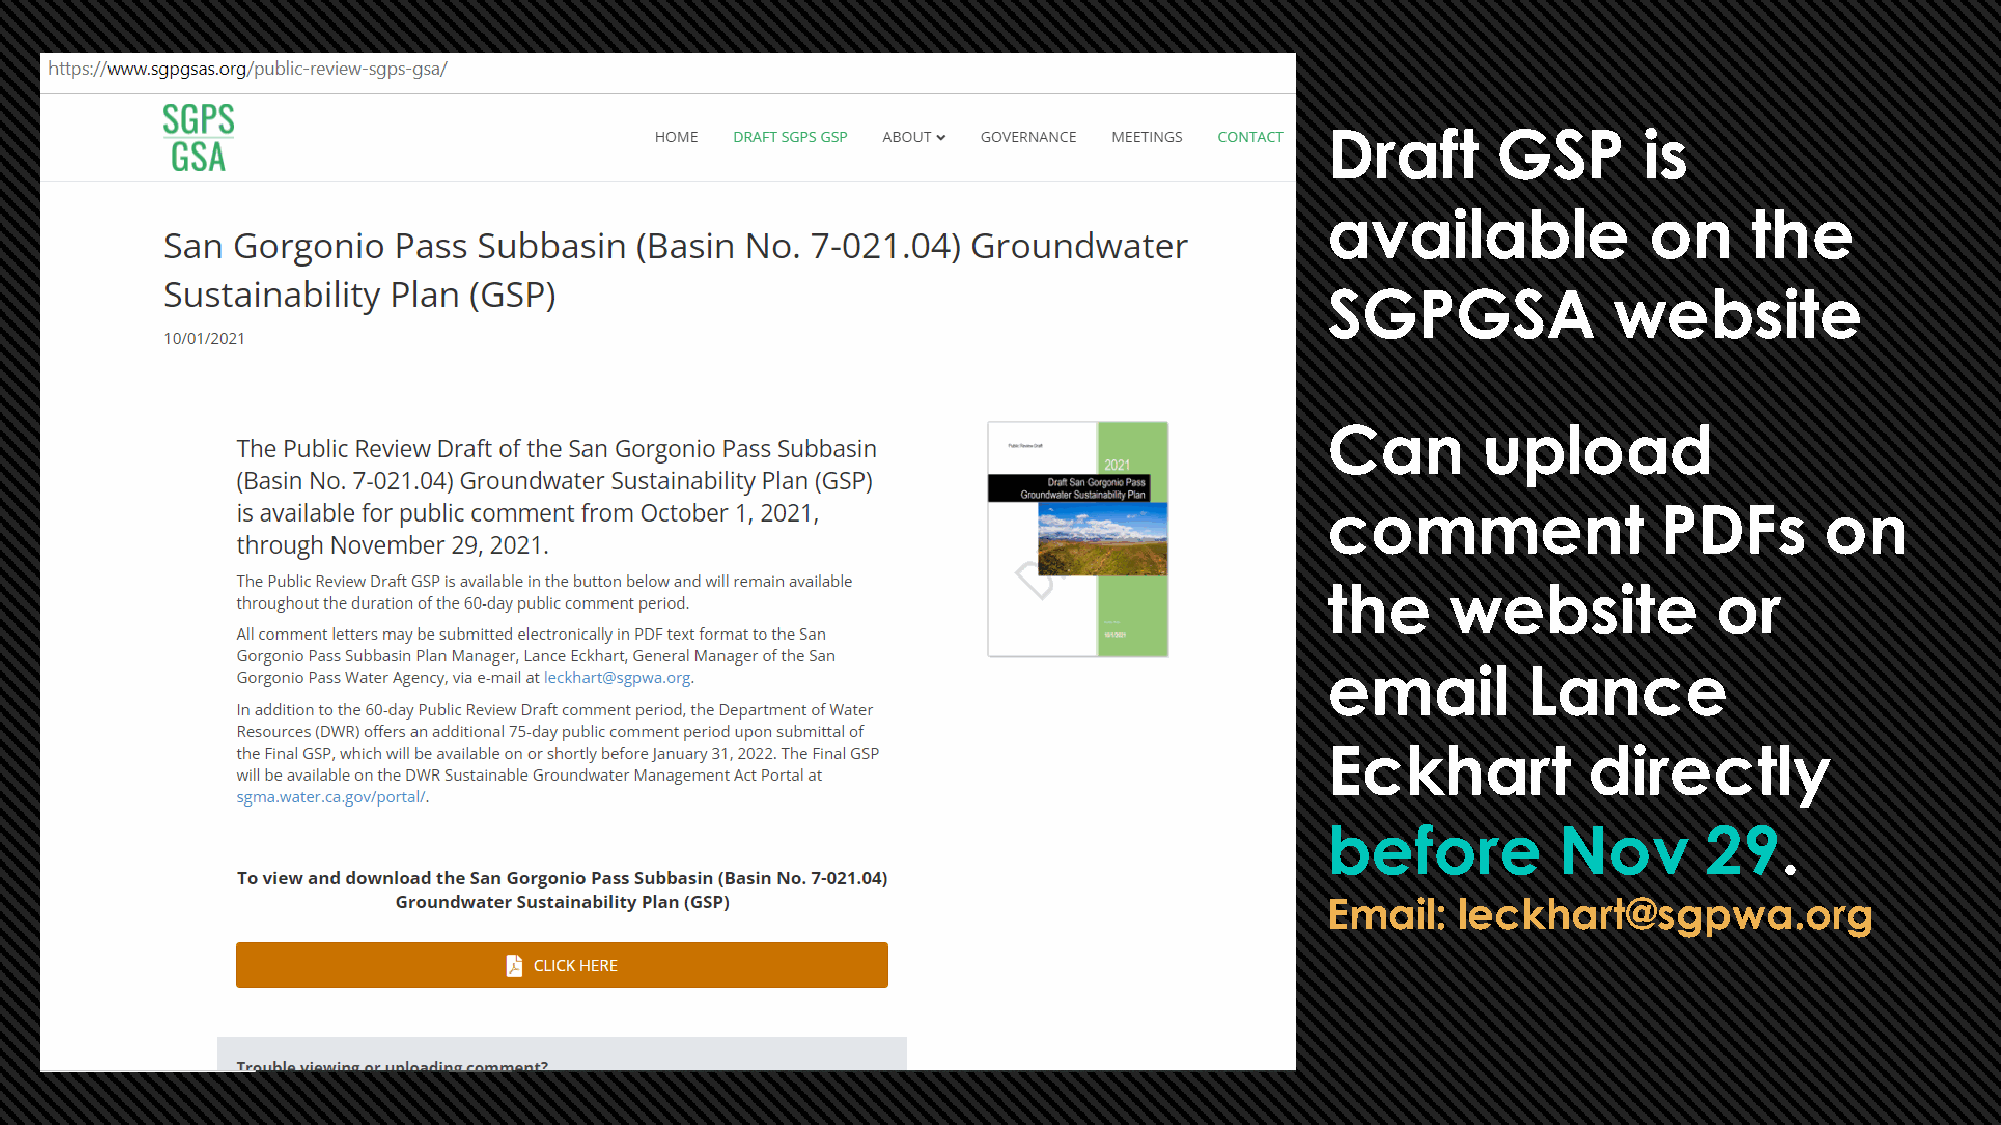
Draft      GSP       is
 available            on     the
 SGPGSA             website
 Can       upload
 comment               PDFs       on
 the     website           or
 email        Lance
 Eckhart          directly
 before         Nov       29.
 Email:   leckhart@sgpwa.org